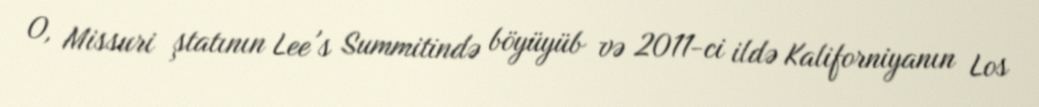
O, Missuri ştatının Lee's Summitində böyüyüb və 2011-ci ildə Kaliforniyanın Los